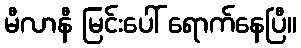
မီလာနီ မြင်းပေါ် ရောက်နေပြီ။